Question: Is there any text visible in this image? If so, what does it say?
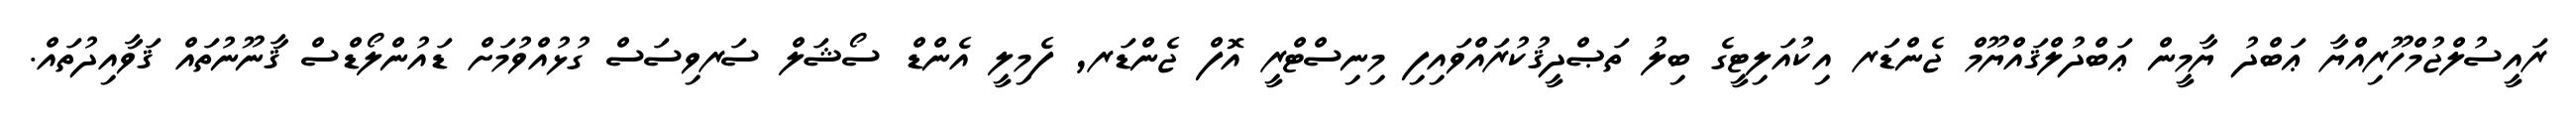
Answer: ރައީސުލްޖުމްހޫރިއްޔާ ޢަބްދު ޔާމީން ޢަބްދުލްޤައްޔޫމް ޖެންޑަރ އިކުއަލިޓީގެ ބިލު ތަޞްދީޤުކުރައްވައިފި މިނިސްޓްރީ އޮފް ޖެންޑަރ, ފެމިލީ އެންޑް ސޯޝަލް ސަރވިސަސް ގުޅުއްވުމަށް ޑައުންލޯޑްސް ޤާނޫނުތައް ޤަވާއިދުތައް.